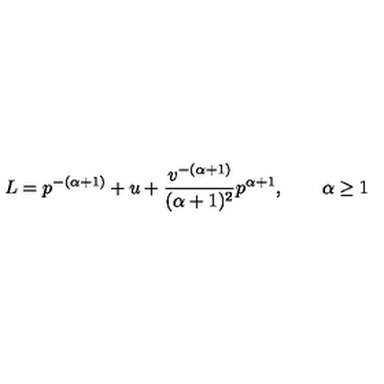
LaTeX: L = p ^ { - ( \alpha + 1 ) } + u + { \frac { v ^ { - ( \alpha + 1 ) } } { ( \alpha + 1 ) ^ { 2 } } } p ^ { \alpha + 1 } , \quad \quad \alpha \ge 1